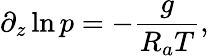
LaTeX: \partial_{z}\ln p=-\frac{g}{R_{a}T},